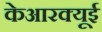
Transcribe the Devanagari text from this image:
केआरक्यूई